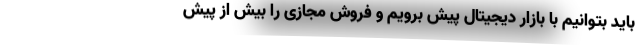
باید بتوانیم با بازار دیجیتال پیش برویم و فروش مجازی را بیش از پیش